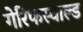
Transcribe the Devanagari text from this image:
गेरिफस्वाल्ड